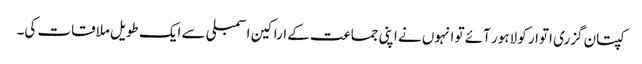
کپتان گزری اتوار کو لاہور آئے تو انہوں نے اپنی جماعت کے اراکین اسمبلی سے ایک طویل ملاقات کی۔